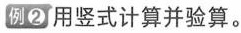
例②用竖式计算并验算。